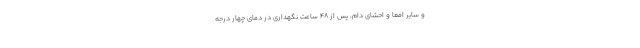
و سایر امعا و احشای دام، پس از ۴۸ ساعت نگهداری در دمای چهار درجه